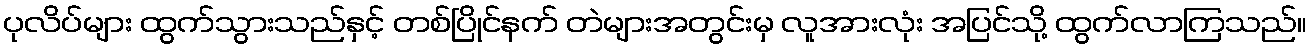
ပုလိပ်များ ထွက်သွားသည်နှင့် တစ်ပြိုင်နက် တဲများအတွင်းမှ လူအားလုံး အပြင်သို့ ထွက်လာကြသည်။